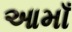
આમાઁ